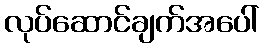
လုပ်ဆောင်ချက်အပေါ်